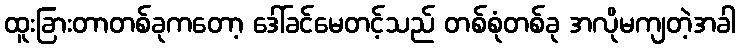
ထူးခြားတာတစ်ခုကတော့ ဒေါ်ခင်မေတင့်သည် တစ်စုံတစ်ခု အလိုမကျတဲ့အခါ